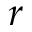
r